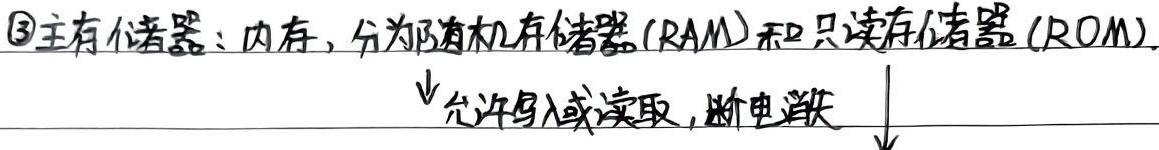
\textcircled{3}主存储器：内存，分为随机存储器(RAM)和只读存储器(ROM)。↓允许写入或读取，断电消失

说明：原内容中 \textcircled{3} 应改为正常序号表示方式\textcircled{3}，同时去除了多余的 \text 包裹，因整体不在公式环境内。